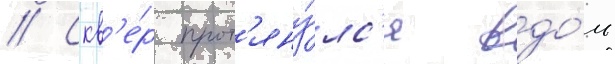
// Скв'е́р прот'яну́лс'я вдо́ль